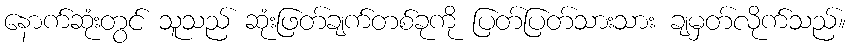
နောက်ဆုံးတွင် သူသည် ဆုံးဖြတ်ချက်တစ်ခုကို ပြတ်ပြတ်သားသား ချမှတ်လိုက်သည်။